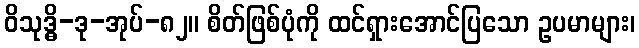
ဝိသုဒ္ဓိ-ဒု-အုပ်-၈၂။ စိတ်ဖြစ်ပုံကို ထင်ရှားအောင်ပြသော ဥပမာများ၊